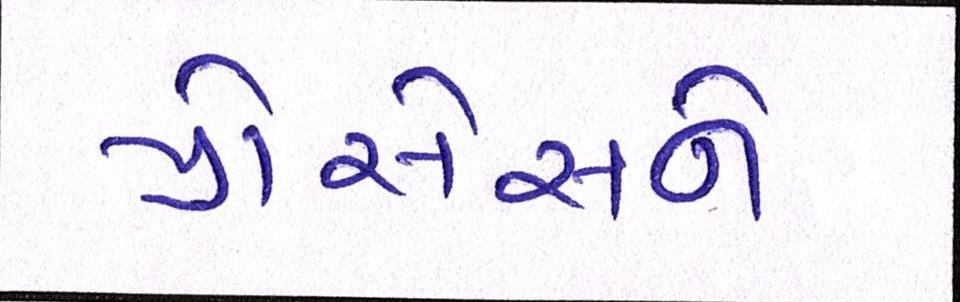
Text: પ્રોસેસને